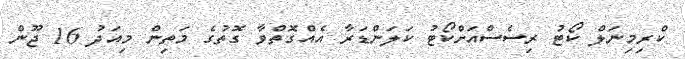
ކްރިމިނަލް ކޯޓު ރިސެސްއަށްކޯޓު ކަލަންޑަރާ އެއްގޮތްވާ ގޮތުގެ މަތިން މިއަދު 16 ޖޫން